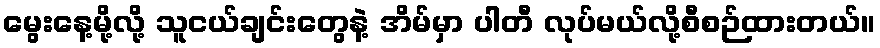
မွေးနေ့မို့လို့ သူငယ်ချင်းတွေနဲ့ အိမ်မှာ ပါတီ လုပ်မယ်လို့စီစဉ်ထားတယ်။